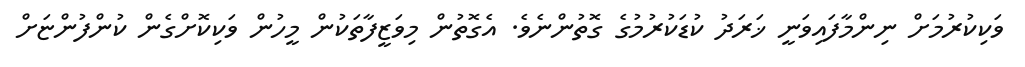
ވަކިކުރުމަށް ނިންމާފައިވަނީ ޚަރަދު ކުޑަކުރުމުގެ ގޮތުންނެވެ. އެގޮތުން މިވަޒީފާތަކުން މީހުން ވަކިކޮށްގެން ކުންފުންޏަށް